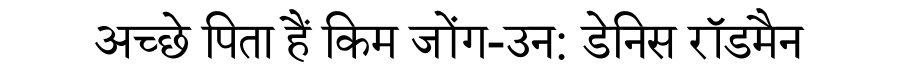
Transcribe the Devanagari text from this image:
अच्छे पिता हैं किम जोंग-उन: डेनिस रॉडमैन